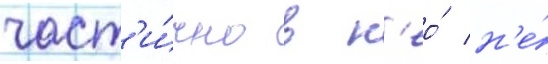
част'и́чно в н'ео́ н'е́